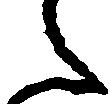
之